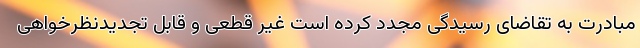
مبادرت به تقاضای رسیدگی مجدد کرده است غیر قطعی و قابل تجدیدنظرخواهی